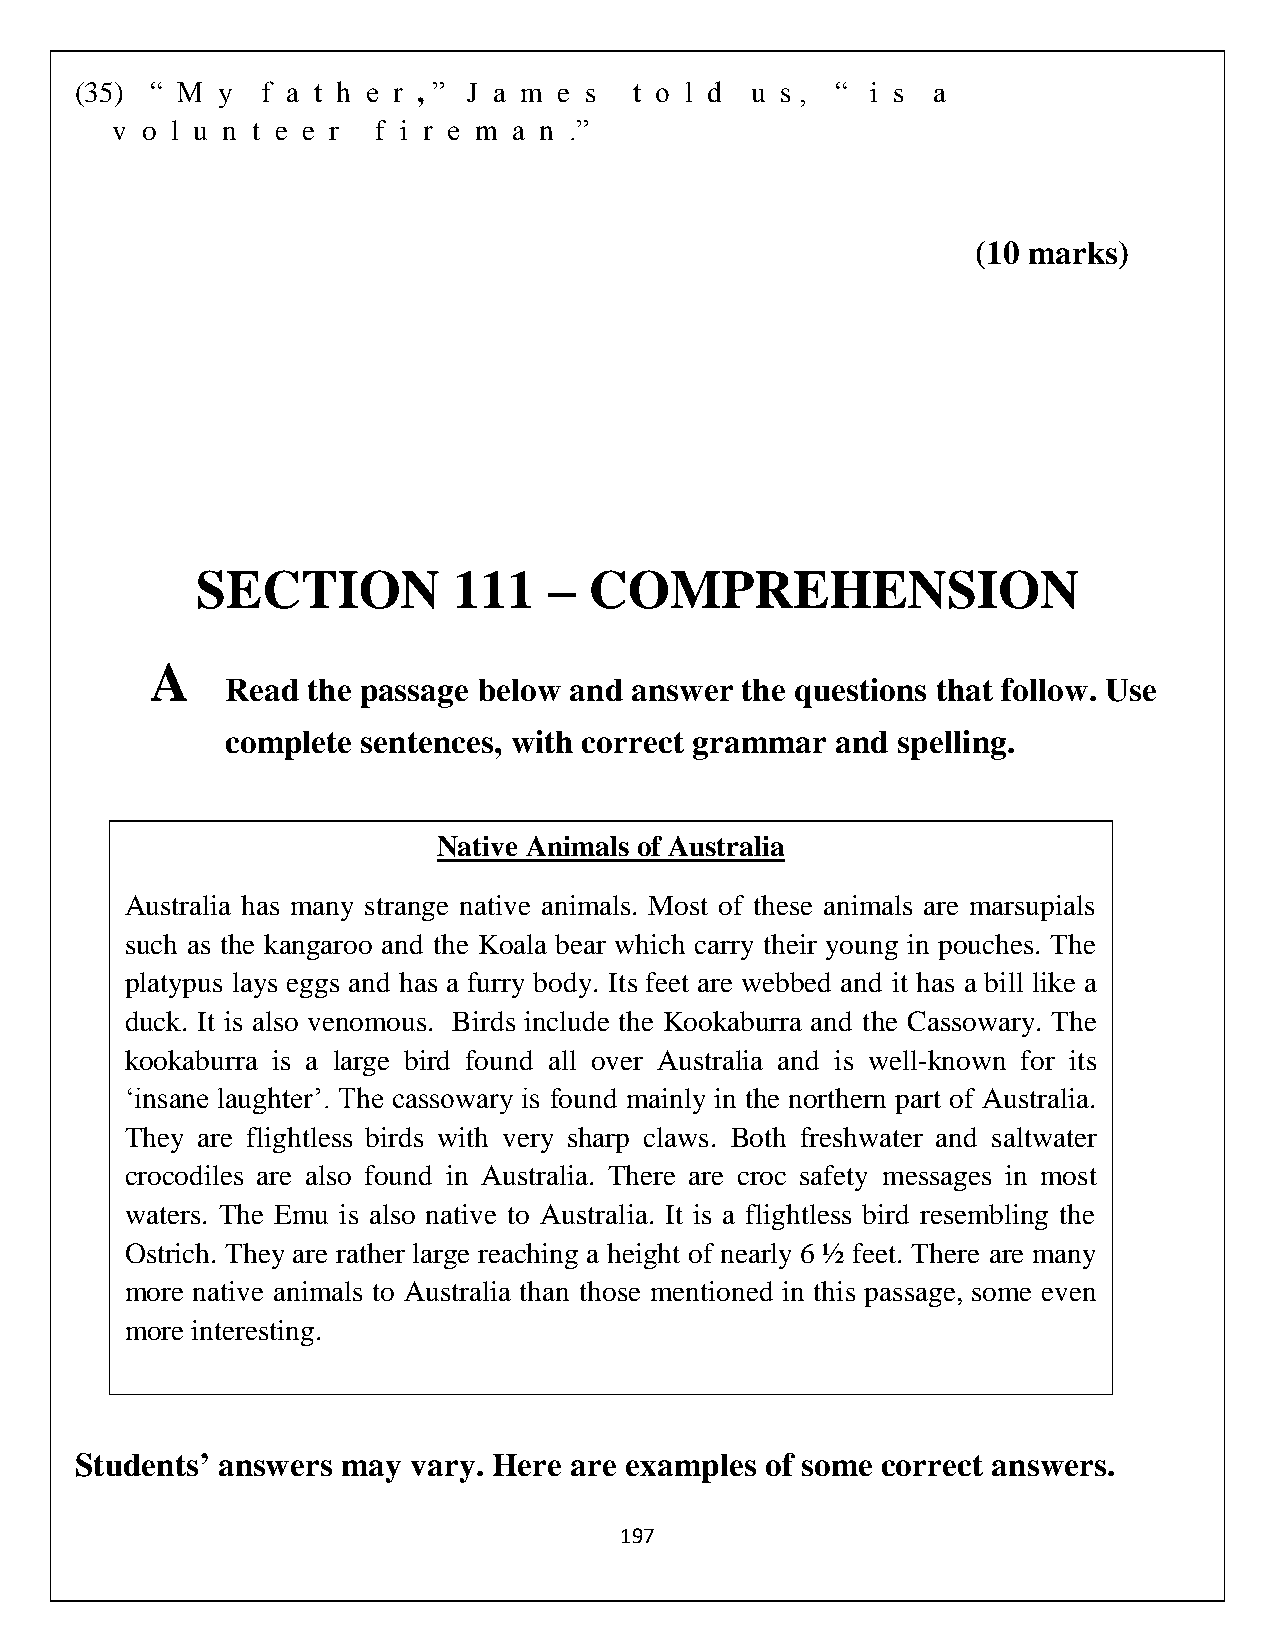
(35) “ M y  f a t h e r , ” J a m e s t o l d u s , “ i s a
 v o l u n t e e r f i r e m a n .”
 (10 marks)
 SECTION          111   –  COMPREHENSION
 A
 Read the passage below and answer the questions that follow. Use
 complete sentences, with correct grammar and spelling.
 Native Animals of Australia
 Australia has many strange native animals. Most of these animals are marsupials
 such as the kangaroo and the Koala bear which carry their young in pouches. The
 platypus lays eggs and has a furry body. Its feet are webbed and it has a bill like a
 duck. It is also venomous. Birds include the Kookaburra and the Cassowary. The
 kookaburra is a large bird found all over Australia and is well-known for its
 ‘insane laughter’. The cassowary is found mainly in the northern part of Australia.
 They are flightless birds with very sharp claws. Both freshwater and saltwater
 crocodiles are also found in Australia. There are croc safety messages in most
 waters. The Emu is also native to Australia. It is a flightless bird resembling the
 Ostrich. They are rather large reaching a height of nearly 6 ½ feet. There are many
 more native animals to Australia than those mentioned in this passage, some even
 more interesting.
 Students’ answers may vary. Here are examples of some correct answers.
 197